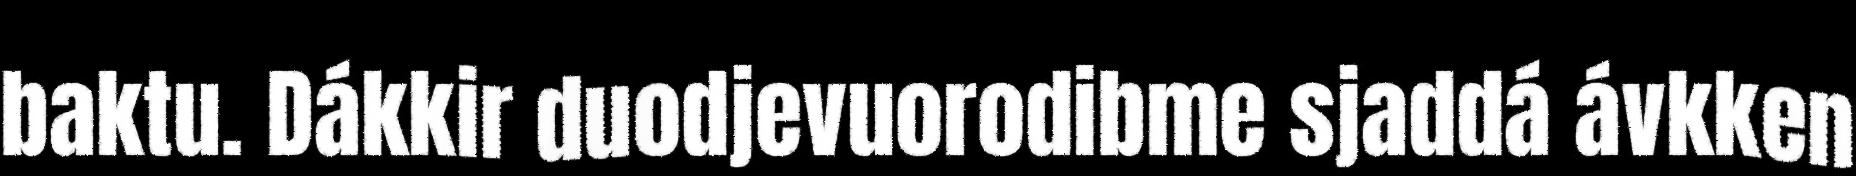
baktu. Dákkir duodjevuorodibme sjaddá ávkken